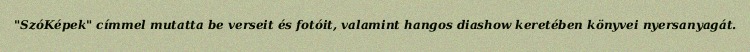
"SzóKépek" címmel mutatta be verseit és fotóit, valamint hangos diashow keretében könyvei nyersanyagát.